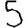
Digit: 5